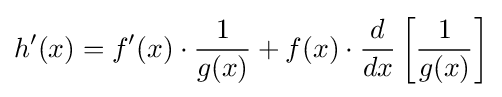
h'(x)=f'(x)\cdot {\frac {1}{g(x)}}+f(x)\cdot {\frac {d}{dx}}\left[{\frac {1}{g(x)}}\right]